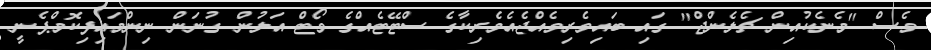
ވެސް "މެނެކުއިން ޗެލެންޖް" ގައި ބައިވެރިވެއްޖެއެމެރިކާގެ ސްޓޭޓެއްގެ ވޯޓް އަލުން ގުނަން ނިންމައިފިކޮމްޕެނީ